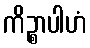
ကိဉ္စာပါဟံ